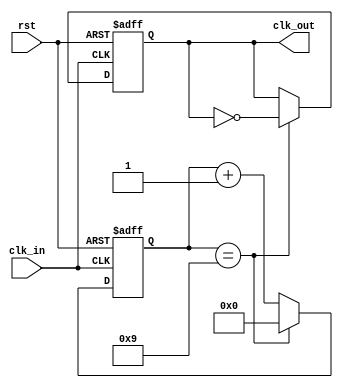
module frequency_divider(
    input wire clk_in,
    input wire rst,
    output reg clk_out
);

reg [COUNT_WIDTH-1:0] count;
parameter COUNT_WIDTH = 10; // adjust count width as needed

always @(posedge clk_in or posedge rst) begin
    if (rst) begin
        count <= 0;
        clk_out <= 0;
    end else begin
        if (count == (COUNT_WIDTH-1)) begin
            count <= 0;
            clk_out <= ~clk_out;
        end else begin
            count <= count + 1;
        end
    end
end

endmodule